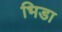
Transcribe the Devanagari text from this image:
भिडा